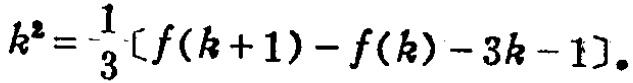
\[k^{2}=\frac{1}{3}[f(k + 1)-f(k)-3k - 1]\]